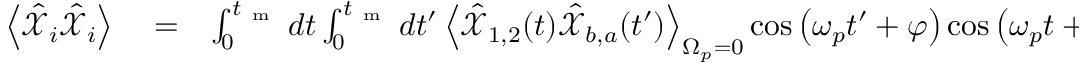
\begin{array} { r l r } { \left< \hat { \mathcal X } _ { i } \hat { \mathcal X } _ { i } \right> } & { { } = } & { \int _ { 0 } ^ { t _ { \mathrm { ~ m ~ } } } d t \int _ { 0 } ^ { t _ { \mathrm { ~ m ~ } } } d t ^ { \prime } \left< \hat { \mathcal X } _ { 1 , 2 } ( t ) \hat { \mathcal X } _ { b , a } ( t ^ { \prime } ) \right> _ { \Omega _ { p } = 0 } \cos \left( \omega _ { p } t ^ { \prime } + \varphi \right) \cos \left( \omega _ { p } t + \varphi \right) } \end{array}